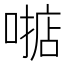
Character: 𫫓